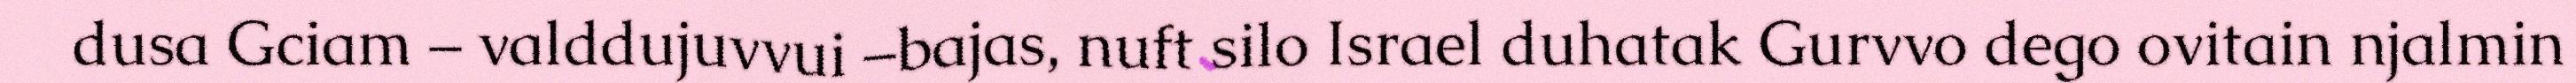
dusa Gciam – valddujuvvui –bajas, nuft silo Israel duhatak Gurvvo dego ovitain njalmin